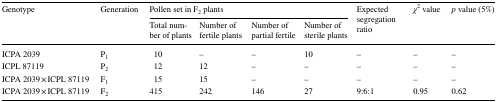
| <ROWSPAN=2> Genotype | <ROWSPAN=2> Generation | <COLSPAN=4> Pollen set in F2 plants | <ROWSPAN=2> Expected segregation ratio | <ROWSPAN=2> χ2 value | <ROWSPAN=2> p value (5%) |
 | Total number of plants | Number of fertile plants | Number of partial fertile | Number of sterile plants |
 | --- | --- | --- | --- | --- | --- | --- | --- | --- |
 | ICPA 2039 | P1 | 10 | – | – | 10 | – | – | – |
 | ICPL 87119 | P2 | 12 | 12 | – | – | – | – | – |
 | ICPA 2039 × ICPL 87119 | F1 | 15 | 15 | – | – | – | – | – |
 | ICPA 2039 × ICPL 87119 | F2 | 415 | 242 | 146 | 27 | 9:6:1 | 0.95 | 0.62 |